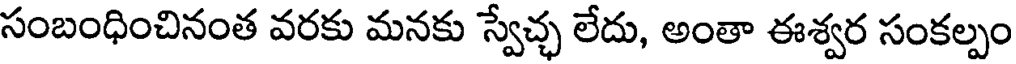
సంబంధించినంత వరకు మనకు స్వేచ్ఛ లేదు, అంతా ఈశ్వర సంకల్పం